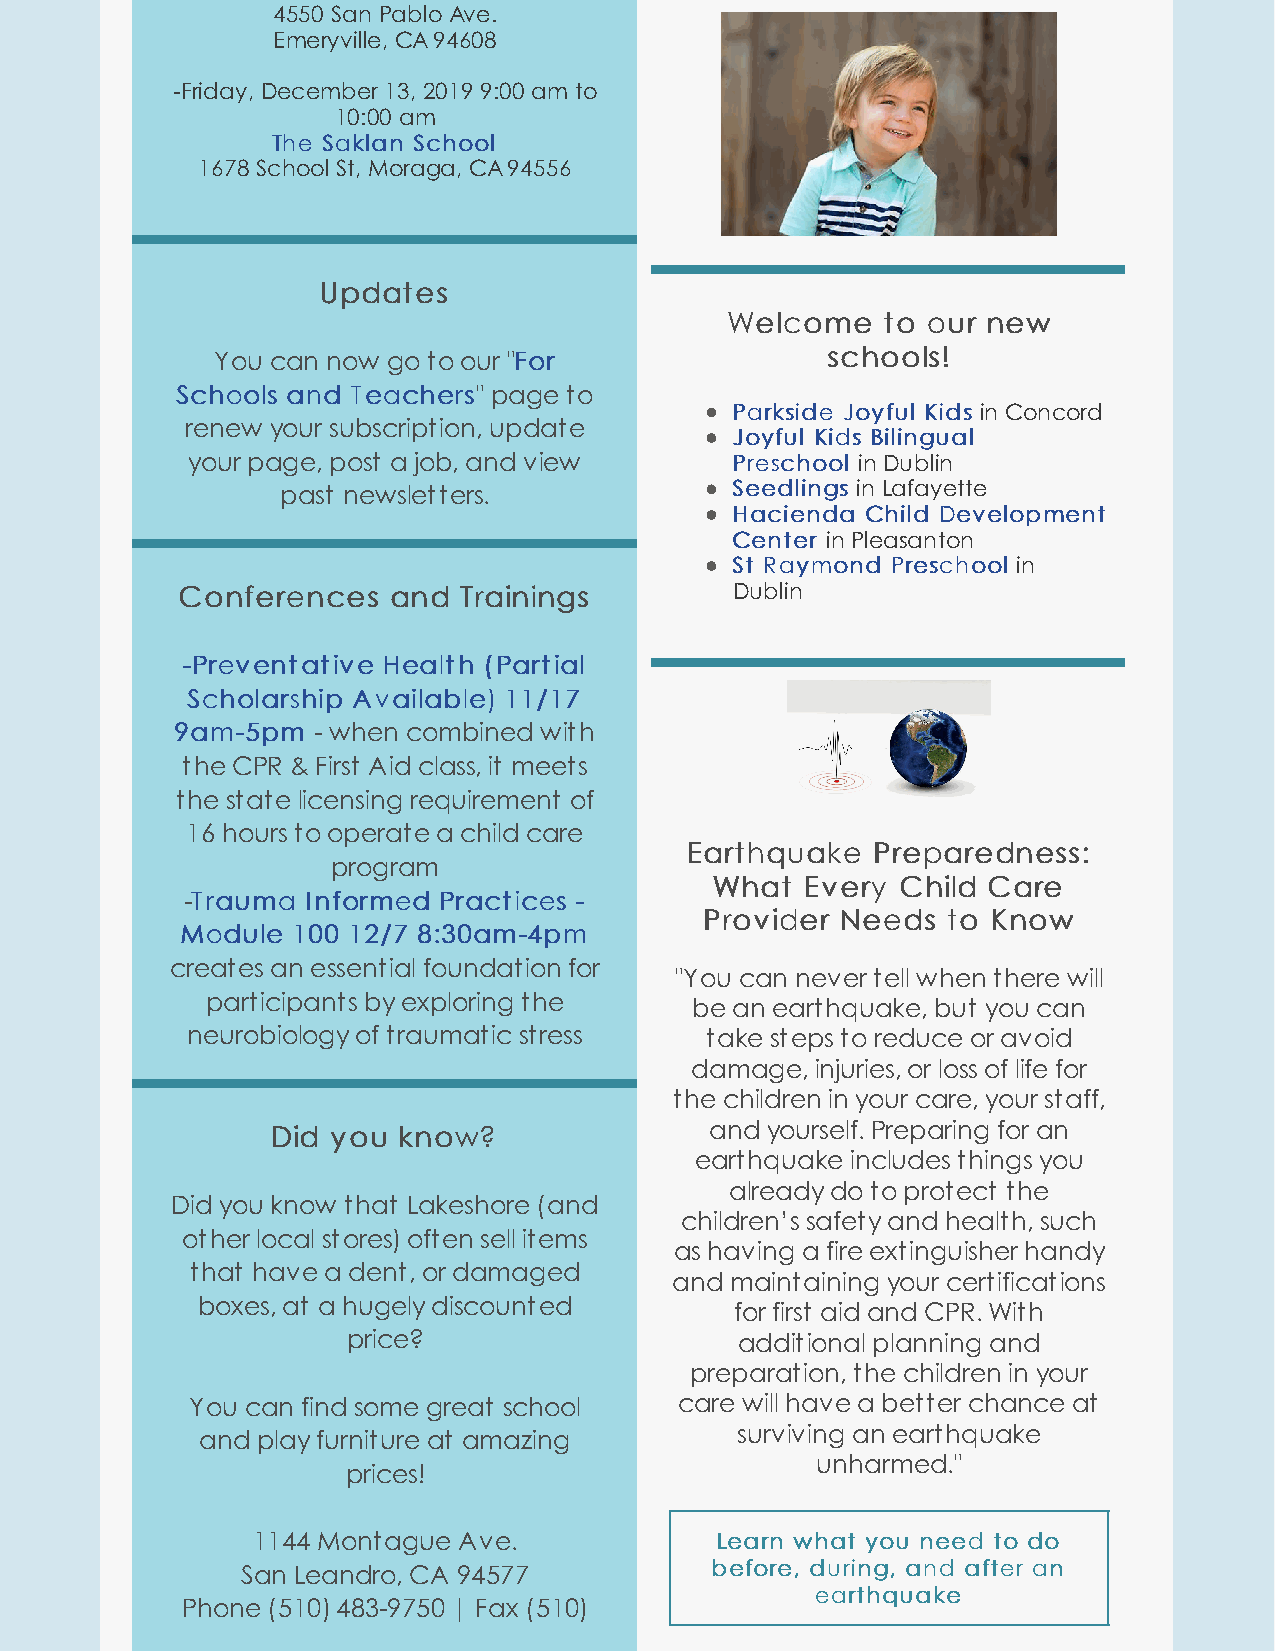
4550 San Pablo Ave.
 Emeryville, CA 94608
 -​Friday, December 13, 2019 9:00 am to
 10:00 am
 TThhee SSaakkllaann SScchhooooll
 1678 School St, Moraga, CA 94556
 UUppddaatteess
 WWeellccoommee ttoo oouurr nneeww
 ​​
 You can now go to our "FFoorr            sscchhoooollss!!
 SScchhoooollss aanndd TTeeaacchheerrss" page to ​​
 PPaarrkkssiiddee JJooyyffuull KKiiddss in Concord
 renew your subscription, update
 JJooyyffuull KKiiddss BBiilliinngguuaall
 your page, post a job, and view     PPrreesscchhooooll in Dublin
 past newsletters.            SSeeeeddlliinnggss in Lafayette
 HHaacciieennddaa CChhiilldd DDeevveellooppmmeenntt
 CCeenntteerr in Pleasanton
 SStt RRaayymmoonndd PPrreesscchhooooll in
 CCoonnffeerreenncceess aanndd TTrraaiinniinnggss Dublin
 --PPrreevveennttaattiivvee HHeeaalltthh ((PPaarrttiiaall
 SScchhoollaarrsshhiipp AAvvaaiillaabbllee)) 1111//1177
 99aamm--55ppmm - when combined with
 the CPR & First Aid class, it meets
 the state licensing requirement of
 16 hours to operate a child care
 EEaarrtthhqquuaakkee PPrreeppaarreeddnneessss::
 program
 WWhhaatt EEvveerryy CChhiilldd CCaarree
 -TTrraauummaa IInnffoorrmmeedd PPrraaccttiicceess --
 PPrroovviiddeerr NNeeeeddss ttoo KKnnooww
 MMoodduullee 110000 1122//77 88::3300aamm--44ppmm
 creates an essential foundation for
 "You can never tell when there will
 participants by exploring the
 be an earthquake, but you can
 neurobiology of traumatic stress   take steps to reduce or avoid
 damage, injuries, or loss of life for
 the children in your care, your staff,
 DDiidd yyoouu kknnooww??     and yourself. Preparing for an
 earthquake includes things you
 ​​
 already do to protect the
 Did you know that Lakeshore (and
 children’s safety and health, such
 other local stores) often sell items
 as having a fire extinguisher handy
 that have a dent, or damaged
 and maintaining your certifications
 boxes, at a hugely discounted
 for first aid and CPR. With
 price?                    additional planning and
 preparation, the children in your
 You can find some great school  care will have a better chance at
 surviving an earthquake
 and play furniture at amazing
 unharmed."
 prices!
 1144 Montague Ave.            LLeeaarrnn wwhhaatt yyoouu nneeeedd ttoo ddoo
 San Leandro, CA 94577          bbeeffoorree,, dduurriinngg,, aanndd aafftteerr aann
 eeaarrtthhqquuaakkee
 Phone (510) 483-9750 | Fax (510)